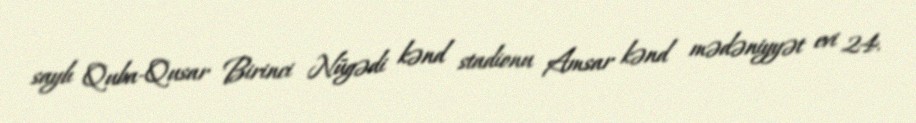
saylı Quba-Qusar Birinci Nügədi kənd stadionu Amsar kənd mədəniyyət evi 24.